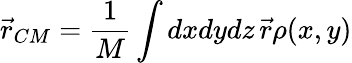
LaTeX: \vec{r}_{CM}=\frac{1}{M}\int dxdydz\, \vec{r}\rho(x,y)